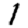
Digit: 1